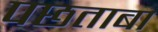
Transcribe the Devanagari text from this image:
पछताबा